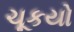
ચૂકયો